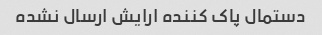
دستمال پاک کننده ارایش ارسال نشده